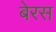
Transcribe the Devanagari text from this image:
बेरस